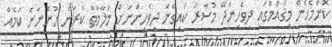
ކޮންމެހެން މިޤައުމުގައި ދިވެހިންދޭ މުސާރަ ކައިގެން ދިވެހިންނަށް މަލާމާތް ކުރަން ހުންނާނެ ކަމެއް